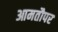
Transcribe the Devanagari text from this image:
आमतौपर